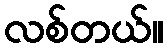
လစ်တယ်။